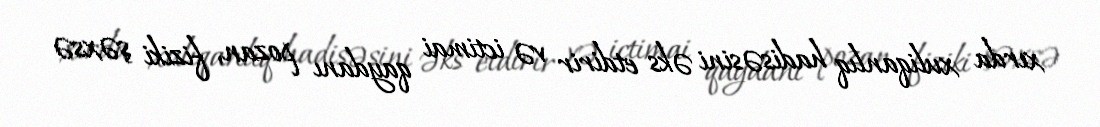
xırda xuliqanlıq hadisəsini əks etdirir və ictimai qaydanı pozan, fiziki şəxsə